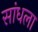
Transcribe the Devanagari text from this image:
सांधला